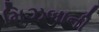
મિઝબાની